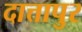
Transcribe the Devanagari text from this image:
दात्तापुर